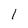
Character: 1